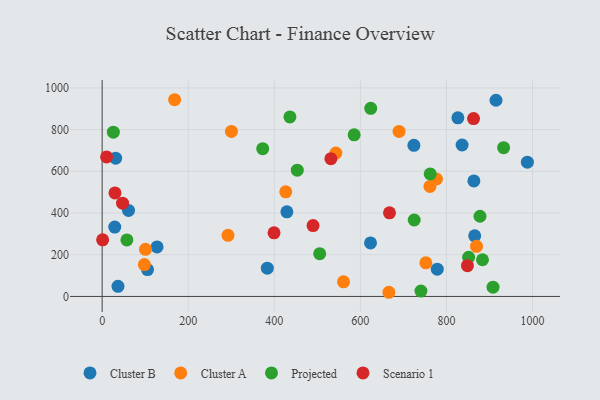
{"axis": {"x": "Ad Spend", "y": "Profit"}, "legend": ["Cluster A", "Cluster B", "Projected", "Scenario 1"], "data": [{"x": "836.4", "y": 726.1, "type": "Cluster B"}, {"x": "778.7", "y": 130.7, "type": "Cluster B"}, {"x": "724.4", "y": 724.4, "type": "Cluster B"}, {"x": "826.6", "y": 856.3, "type": "Cluster B"}, {"x": "623.6", "y": 256.4, "type": "Cluster B"}, {"x": "105.4", "y": 128.7, "type": "Cluster B"}, {"x": "29.3", "y": 332.6, "type": "Cluster B"}, {"x": "988.1", "y": 643.6, "type": "Cluster B"}, {"x": "36.8", "y": 48.4, "type": "Cluster B"}, {"x": "31.4", "y": 663.1, "type": "Cluster B"}, {"x": "863.8", "y": 553.6, "type": "Cluster B"}, {"x": "865.7", "y": 290.6, "type": "Cluster B"}, {"x": "429.2", "y": 405.9, "type": "Cluster B"}, {"x": "915.2", "y": 940.7, "type": "Cluster B"}, {"x": "383.8", "y": 135.4, "type": "Cluster B"}, {"x": "127.6", "y": 237.6, "type": "Cluster B"}, {"x": "61.3", "y": 412.6, "type": "Cluster B"}, {"x": "100.7", "y": 225.8, "type": "Cluster A"}, {"x": "300.4", "y": 791.2, "type": "Cluster A"}, {"x": "426.6", "y": 501.5, "type": "Cluster A"}, {"x": "98.1", "y": 152.8, "type": "Cluster A"}, {"x": "752.2", "y": 161.0, "type": "Cluster A"}, {"x": "761.7", "y": 527.6, "type": "Cluster A"}, {"x": "292.4", "y": 292.9, "type": "Cluster A"}, {"x": "560.9", "y": 70.1, "type": "Cluster A"}, {"x": "776.8", "y": 563.1, "type": "Cluster A"}, {"x": "689.9", "y": 790.9, "type": "Cluster A"}, {"x": "168.4", "y": 943.1, "type": "Cluster A"}, {"x": "543.1", "y": 687.4, "type": "Cluster A"}, {"x": "666.3", "y": 20.0, "type": "Cluster A"}, {"x": "869.9", "y": 240.3, "type": "Cluster A"}, {"x": "725.1", "y": 366.6, "type": "Projected"}, {"x": "624.1", "y": 901.9, "type": "Projected"}, {"x": "505.5", "y": 204.9, "type": "Projected"}, {"x": "878.0", "y": 384.4, "type": "Projected"}, {"x": "740.8", "y": 25.8, "type": "Projected"}, {"x": "883.8", "y": 175.9, "type": "Projected"}, {"x": "585.6", "y": 774.9, "type": "Projected"}, {"x": "908.3", "y": 44.5, "type": "Projected"}, {"x": "851.6", "y": 188.0, "type": "Projected"}, {"x": "453.4", "y": 605.2, "type": "Projected"}, {"x": "436.3", "y": 860.7, "type": "Projected"}, {"x": "762.3", "y": 587.2, "type": "Projected"}, {"x": "373.1", "y": 708.6, "type": "Projected"}, {"x": "932.9", "y": 713.0, "type": "Projected"}, {"x": "26.0", "y": 787.4, "type": "Projected"}, {"x": "57.5", "y": 271.0, "type": "Projected"}, {"x": "1.1", "y": 271.5, "type": "Scenario 1"}, {"x": "29.8", "y": 496.3, "type": "Scenario 1"}, {"x": "10.3", "y": 669.0, "type": "Scenario 1"}, {"x": "490.1", "y": 339.9, "type": "Scenario 1"}, {"x": "667.7", "y": 400.8, "type": "Scenario 1"}, {"x": "47.4", "y": 447.2, "type": "Scenario 1"}, {"x": "848.8", "y": 147.5, "type": "Scenario 1"}, {"x": "399.4", "y": 305.2, "type": "Scenario 1"}, {"x": "863.0", "y": 852.8, "type": "Scenario 1"}, {"x": "531.6", "y": 660.3, "type": "Scenario 1"}]}